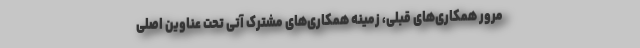
مرور همکاری‌های قبلی، زمینه همکاری‌های مشترک آتی تحت عناوین اصلی